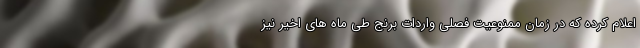
اعلام کرده که در زمان ممنوعیت فصلی واردات برنج طی ماه های اخیر نیز